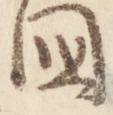
国